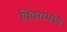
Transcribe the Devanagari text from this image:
विवरांमध्ये